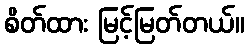
စိတ်ထား မြင့်မြတ်တယ်။